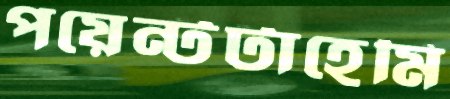
পয়েন্টটাহেমি